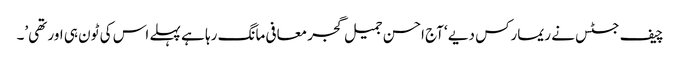
چیف جسٹس نے ریمارکس دیے ‘آج احسن جمیل گجر معافی مانگ رہا ہے پہلے اس کی ٹون ہی اور تھی’۔